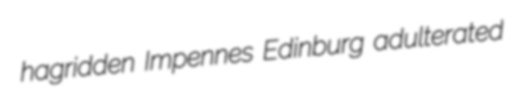
hagridden Impennes Edinburg adulterated